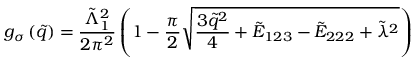
g _ { \sigma } \left( \tilde { q } \right) = \frac { \tilde { \Lambda } _ { 1 } ^ { 2 } } { 2 \pi ^ { 2 } } \left( 1 - \frac { \pi } { 2 } \sqrt { \frac { 3 \tilde { q } ^ { 2 } } { 4 } + \tilde { E } _ { 1 2 3 } - \tilde { E } _ { 2 2 2 } + \tilde { \lambda } ^ { 2 } } \right)